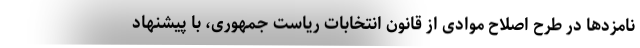
نامزدها در طرح اصلاح موادی از قانون انتخابات ریاست جمهوری، با پیشنهاد